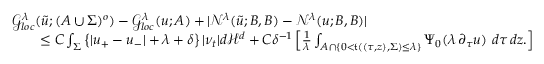
\begin{array} { r l } & { \mathcal { G } _ { l o c } ^ { \lambda } ( \tilde { u } ; ( A \cup \Sigma ) ^ { o } ) - \mathcal { G } _ { l o c } ^ { \lambda } ( u ; A ) + | \mathcal { N } ^ { \lambda } ( \tilde { u } ; B , B ) - \mathcal { N } ^ { \lambda } ( u ; B , B ) | } \\ & { \quad \quad \leq C \int _ { { \Sigma } } \left\{ | u _ { + } - u _ { - } | + \lambda + \delta \right\} | \nu _ { t } | d \mathcal { H } ^ { d } + C \delta ^ { - 1 } \left[ \frac { 1 } { \lambda } \int _ { A \cap \{ 0 < \mathfrak { t } ( ( \tau , z ) , \Sigma ) \leq \lambda \} } \Psi _ { 0 } ( \lambda \, \partial _ { \tau } u ) \ d \tau \, d z . \right] } \end{array}